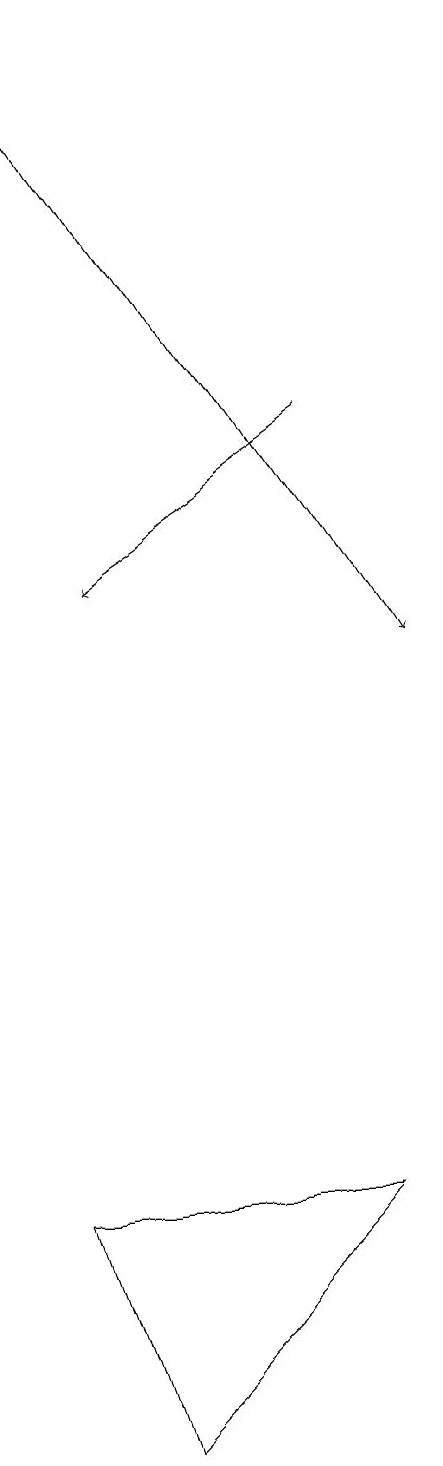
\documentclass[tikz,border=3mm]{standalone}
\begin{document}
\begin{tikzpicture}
\draw[->] (7,13) -- (4,11);
\draw (7,3) -- (4,0) -- (3,3) -- cycle;
\draw[->] (3,18) -- (8,10);
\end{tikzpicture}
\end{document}